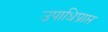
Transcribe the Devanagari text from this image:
उपाधिप्राप्त